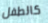
كالطفل